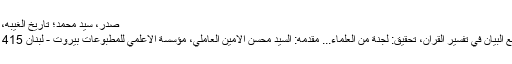
صدر، سید محمد؛ تاریخ الغیبه، بیروت، دار التعارف، 1412ق
الطبرسي، الفضل بن الحسن، مجمع البيان في تفسير القران، تحقیق: لجنة من العلماء... مقدمه: السيد محسن الامين العاملي، مؤسسة الاعلمي للمطبوعات بيروت - لبنان 1415هجری قمری / 1995عیسوی۔